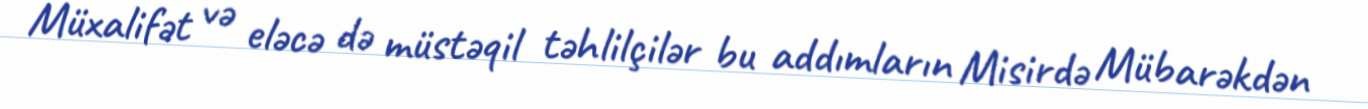
Müxalifət və eləcə də müstəqil təhlilçilər bu addımların Misirdə Mübarəkdən